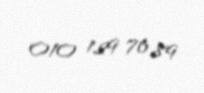
010 129 76 89